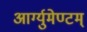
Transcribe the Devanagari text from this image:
आर्ग्युमेण्टम्